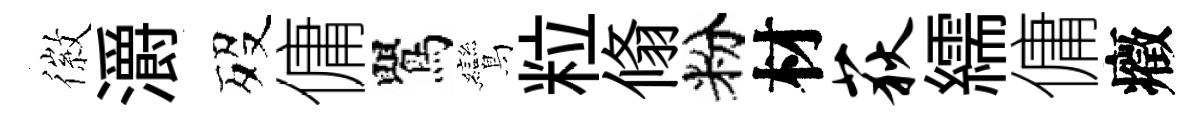
徽灂歿傭鸎鸞粒翛粉材荻繻傭癥